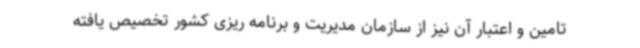
تامین و اعتبار آن نیز از سازمان مدیریت و برنامه ریزی کشور تخصیص یافته